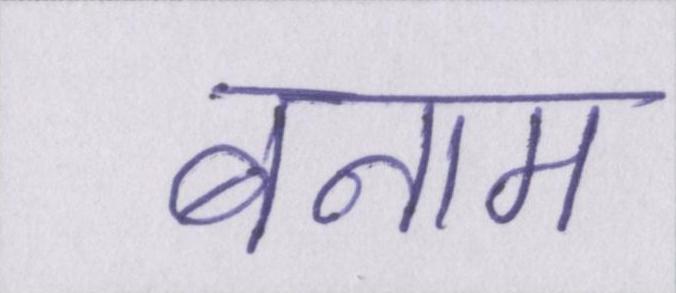
बनाम